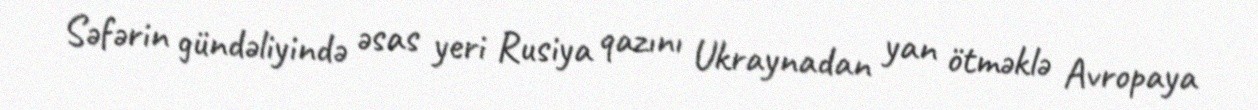
Səfərin gündəliyində əsas yeri Rusiya qazını Ukraynadan yan ötməklə Avropaya